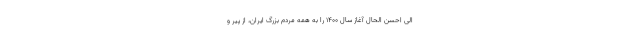
الی اَحسن الحال آغاز سال ۱۴۰۰ را به همه مردم بزرگ ایران، از پیر و